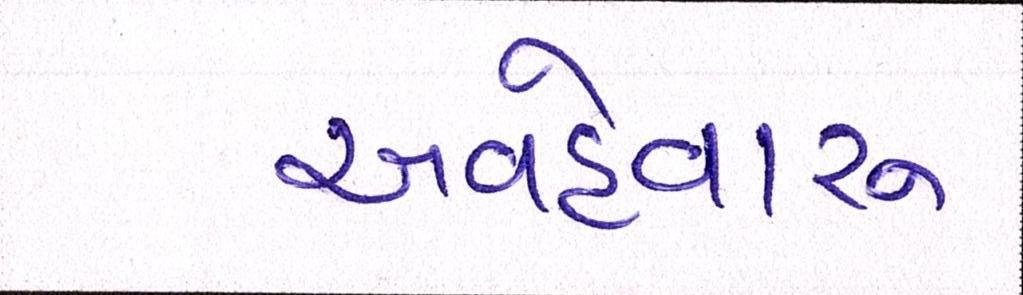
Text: અવહેવારુ